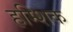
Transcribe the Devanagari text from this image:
हम्शिक